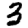
Digit: 3